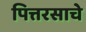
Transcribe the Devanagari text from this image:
पित्तरसाचे